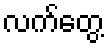
လက်တွေ့